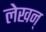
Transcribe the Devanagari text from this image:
लेखन्